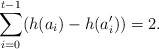
\begin{align*}\sum_{i=0}^{t-1} (h(a_i) - h(a_i^\prime)) = 2.\end{align*}